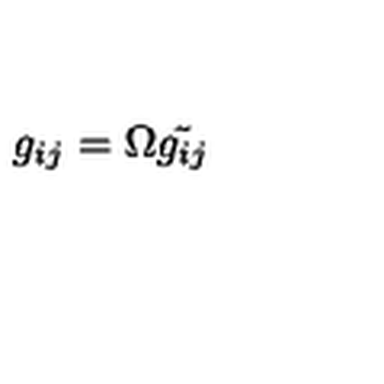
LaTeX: g _ { i j } = \Omega \tilde { g _ { i j } }